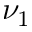
\nu _ { 1 }